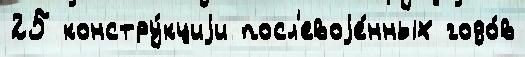
25 констру́кциjи посл'евоjе́нных годо́в